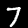
Digit: 7